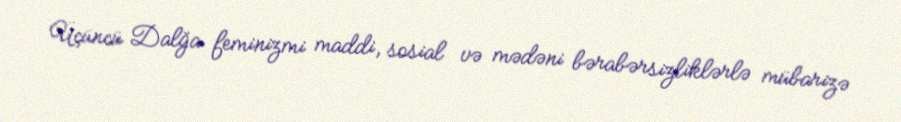
Üçüncü Dalğa feminizmi maddi, sosial və mədəni bərabərsizliklərlə mübarizə